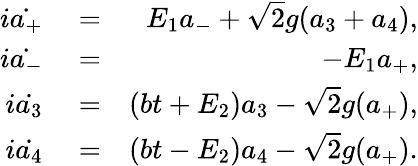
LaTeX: \begin{array}{rlr}{i\dot{a_{+}}}&{{}=}&{E_{1}a_{-}+\sqrt{2}g(a_{3}+a_{4}),}\\ {i\dot{a_{-}}}&{{}=}&{-E_{1}a_{+},}\\ {i\dot{a_{3}}}&{{}=}&{(bt+E_{2})a_{3}-\sqrt{2}g(a_{+}),}\\ {i\dot{a_{4}}}&{{}=}&{(bt-E_{2})a_{4}-\sqrt{2}g(a_{+}).}\end{array}